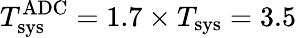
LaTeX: T_{\mathrm{sys}}^{\mathrm{ADC}}=1.7\times T_{\mathrm{sys}}=3.5